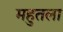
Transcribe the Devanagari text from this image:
महुतला